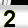
Digit: 2